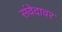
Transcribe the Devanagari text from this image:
संवेदावर